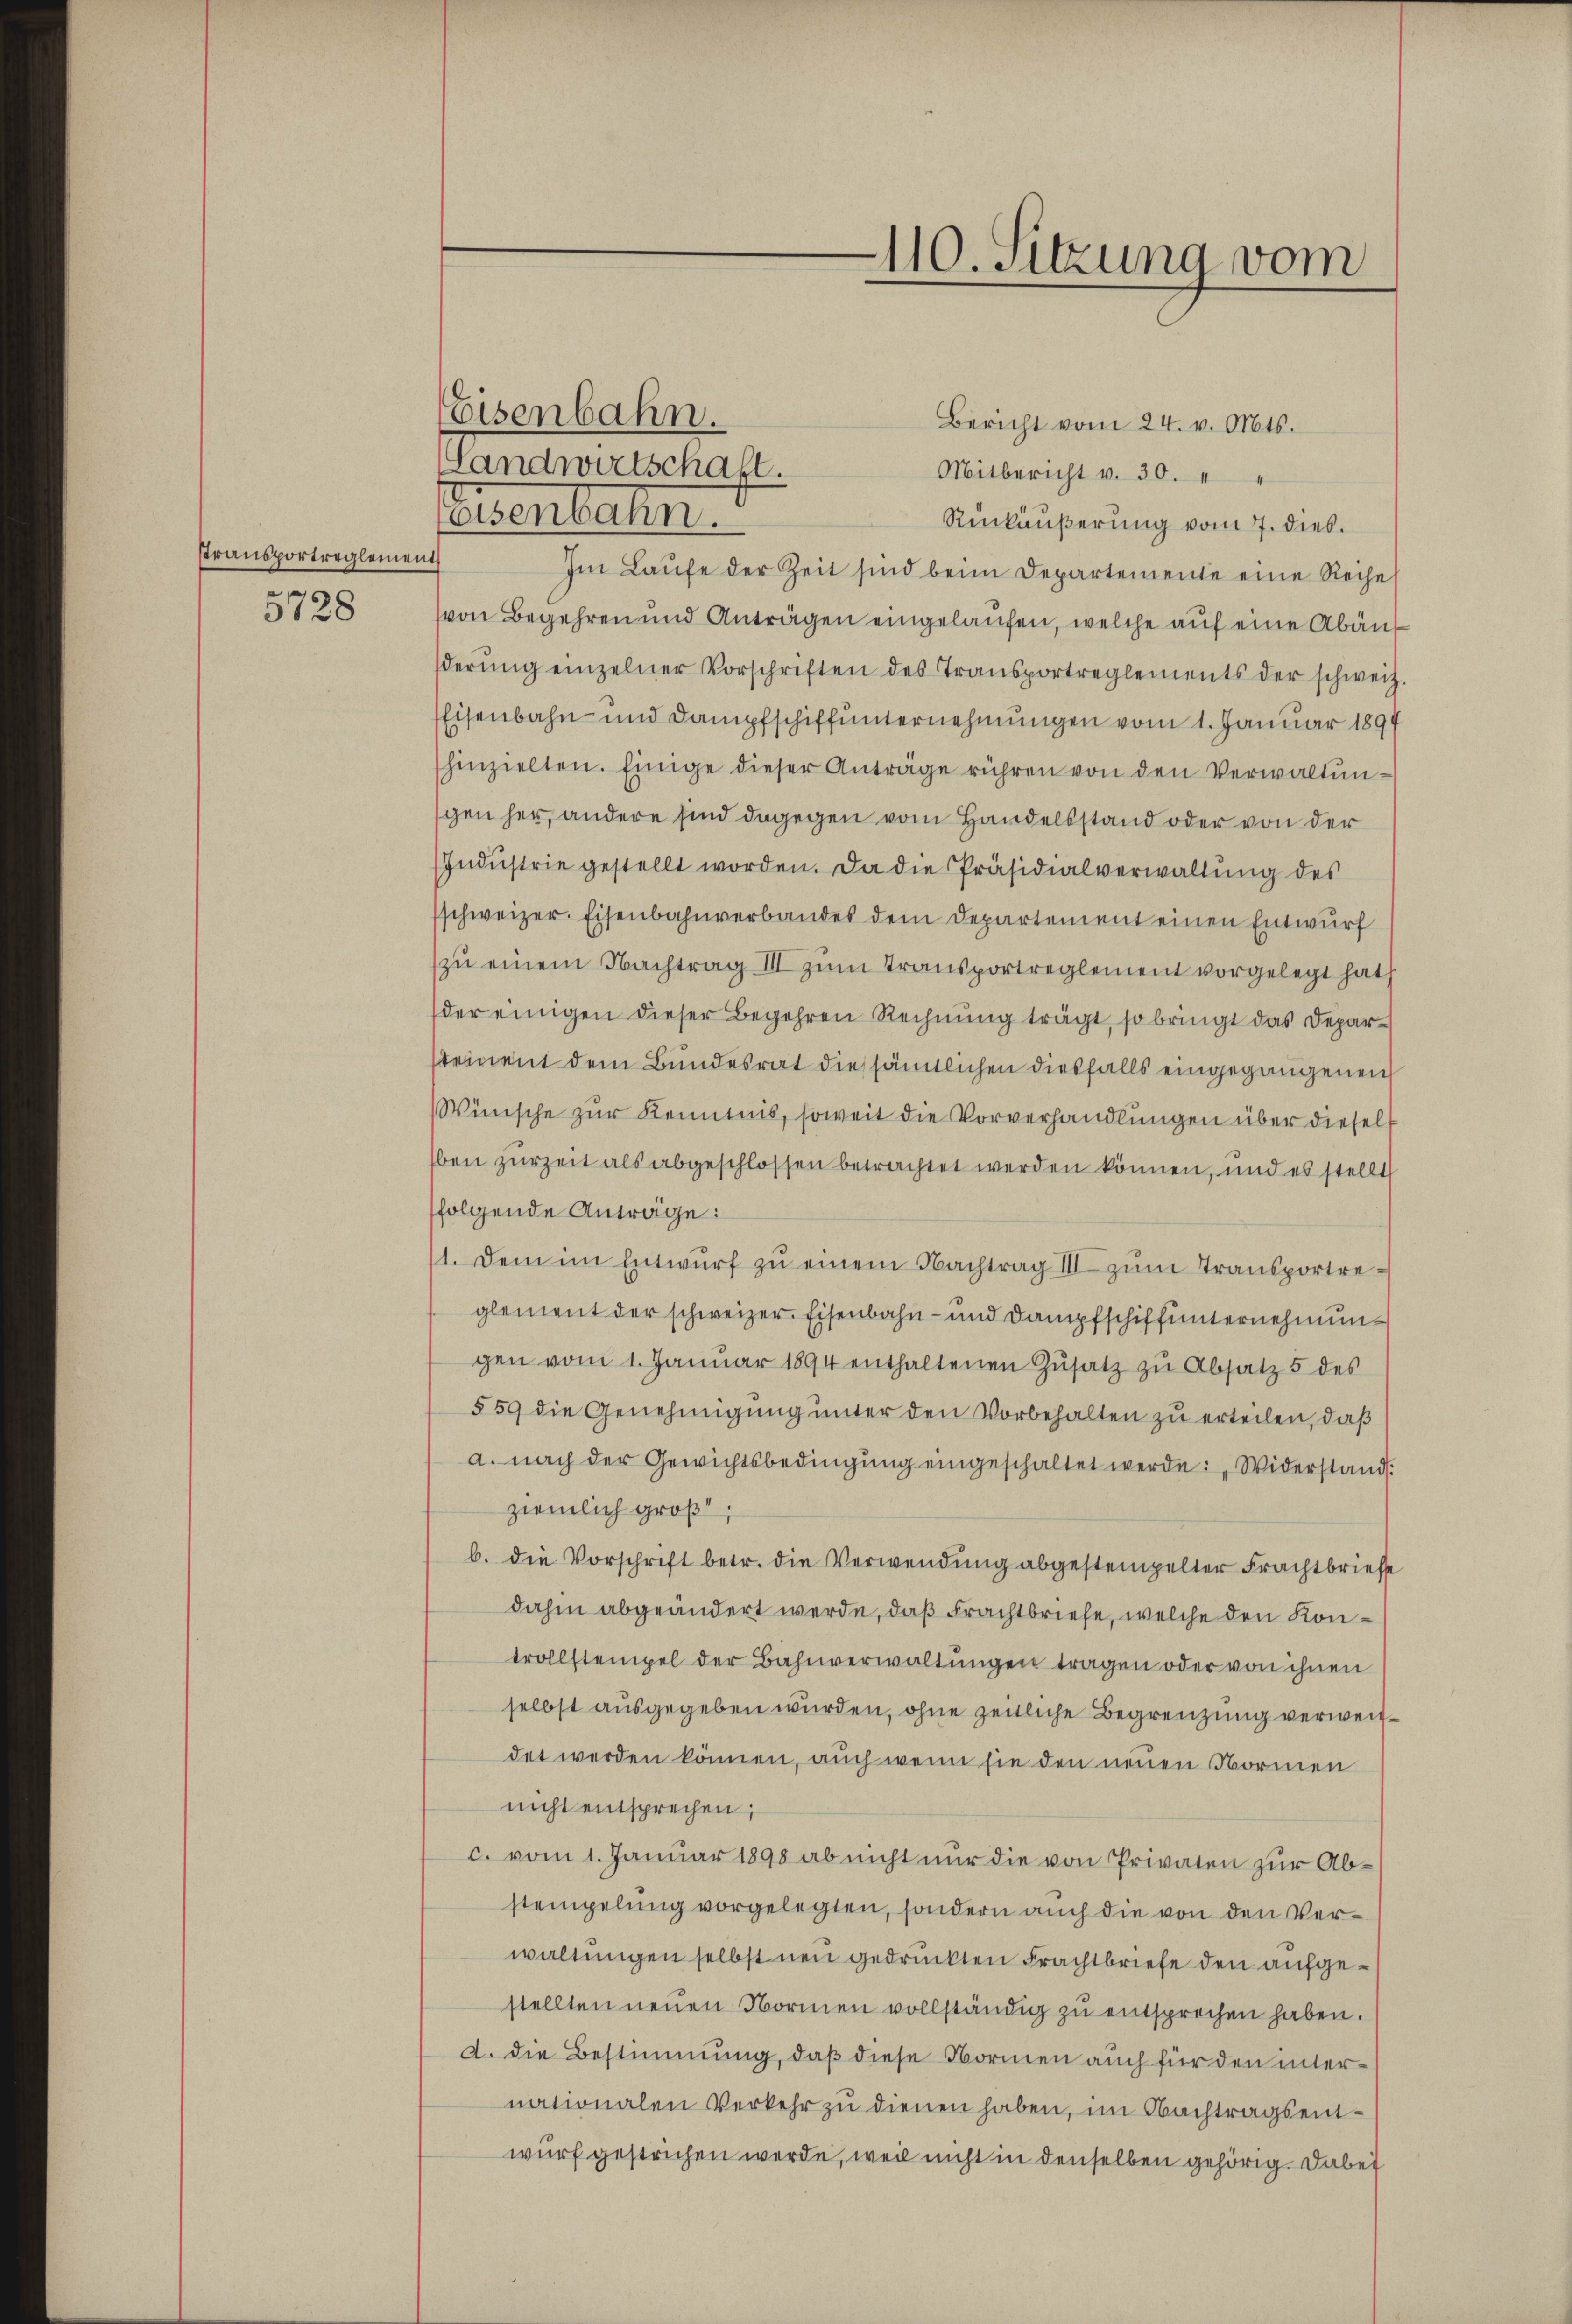
Ptransportreglement
5728

Eisenbahn.
Landwirtschaft.

110. Sitzung vom

Bericht vom 24. v. Mts.
Mitbericht v. 30.
Eisenbahn.
Rükäußerung vom 7. dies.
Im Laŭfe der Zeit sind beim Departemente eine Reihe
von Begehren und Anträgen eingelaufen, welche auf eine Abänderŭng einzelner Vorschriften des Transportreglements der schweiz
Eisenbahn- und Dampfschiffunternehmungen vom 1. Januar 1894
hinzielten. Einige dieser Anträge rühren von den Verwaltunschen her, andere sind dagegen vom Handelsstand oder von der
Indŭstrie gestellt worden. Da die Präsidialverwaltŭng des
schweizer. Eisenbahnverbandes dem Departement einen Entwurf
zŭ einem Nachtrag III zŭm Transportreglement vorgelegt hat
der einigen dieser Begehren Rechnung trägt, so bringt das Depar-
stement dem Bundesrat dies sämtlichen diesfalls eingegangenen
Wünsche zur Kenntnis, soweit die Vorverhandlungen über diesell
ben zurZeit als abgeschlossen betrachtet werden können, und es stellt
folgende Anträge:
1. Dein im Entwŭrf zŭ einem Nachtrag III zŭm Transportreglement der schweizer. Eisenbahn- und Dampfschiffunternehmungen vom 1. Januar 1894 enthaltenen Zŭsatz zŭ Absatz 5 des
§ 59 die Genehmigung unter den Vorbehalten zu erteilen, daß
a. nach der Gewichtsbedingung eingeschaltet werde: „Widerstand:
ziemlich größt
b. die Vorschrift betr. die Verwendung abgestempelter Frachtbriefe
dahin abgeändert werde, daß Frachtbriefe, welche den Kontrollstempel der Bahnverwaltungen tragen oder von ihnen
selbst ausgegeben wurden, ohne zeitliche Begrenzung verweitdet werden können, auch wenn sie den neuen Normen
nicht entsprechen;
c. vom 1. Januar 1898 ab nicht nur die von Privaten zur Abstempelung vorgelegten, sondern auch die von den Verwaltungen selbst neu gedruckten Frachtbriefe den aufgestellten neuen Normen vollständig zu entsprechen haben.
2. die Bestimmung, daß diese Normen auch für den unternationalen Verkehr zu dienen haben, im Nachtragsentwurf gestrichen werde, weil nicht in denselben gehörig. Dabei